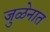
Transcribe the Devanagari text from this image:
जुळेनात